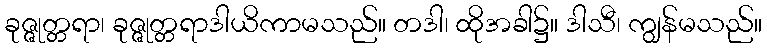
ခုဇ္ဇုတ္တရာ၊ ခုဇ္ဇုတ္တရာဒါယိကာမသည်။ တဒါ၊ ထိုအခါ၌။ ဒါသီ၊ ကျွန်မသည်။